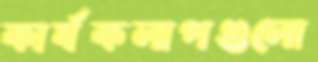
কার্যকলাপগুলো